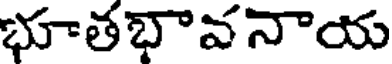
భూతభావనాయ